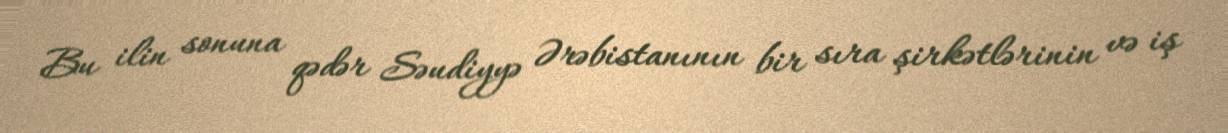
Bu ilin sonuna qədər Səudiyyə Ərəbistanının bir sıra şirkətlərinin və iş